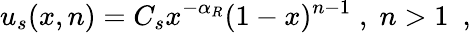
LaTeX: u_{s}(x,n)=C_{s}x^{-\alpha_{R}}(1-x)^{n-1}\; ,\; n>1\ \ ,